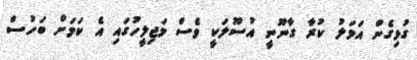
ގުޅިގެން އަމަލު ކުރާ ގާނޫނީ އުސޫލަކީ ވެސް މަޖިލީހުގައި އެ ކަމަށް ބަހުސް